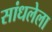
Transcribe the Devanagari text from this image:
सांधलेला